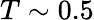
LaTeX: T\sim 0.5